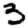
Digit: 3